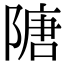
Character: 䧜